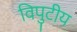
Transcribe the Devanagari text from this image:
विपुटीय